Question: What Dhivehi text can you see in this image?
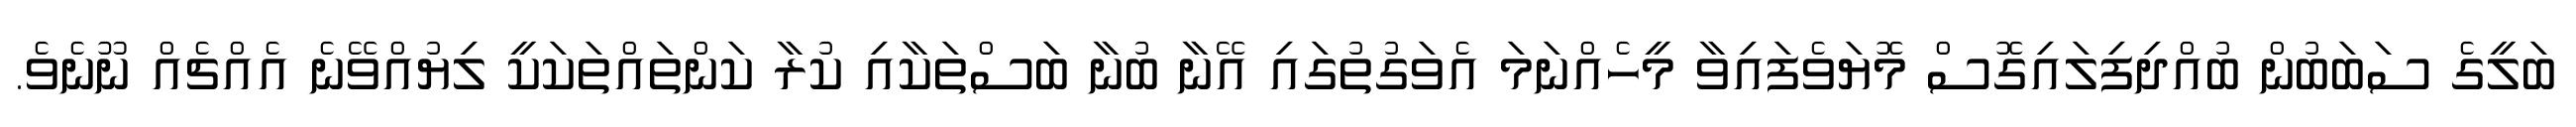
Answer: ބަލީގެ ސަބަބުން ބުއްދިފިލައިގޮސް މޮޔަވެފައިވާ މީހެއްނަމަ އެވަގުތުގައި އޭނާ ބުނާ ބަސްތަކާއި ކުރާ ކަންތައްތަކަކީ ލިޔުއްވޭނެ އެއްޗެއް ނޫނެވެ.